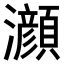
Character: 𤄰